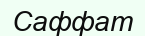
Саффат